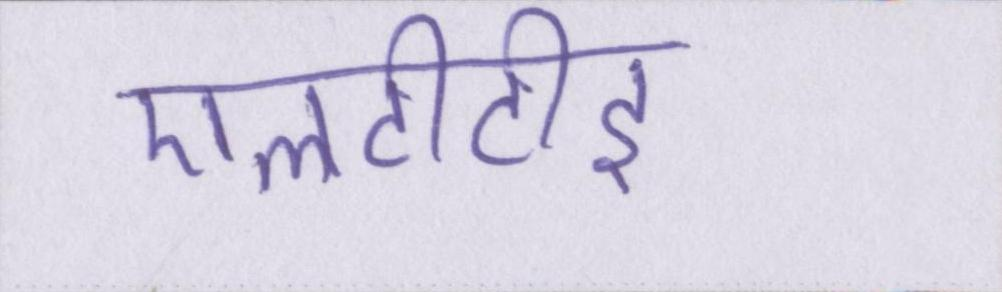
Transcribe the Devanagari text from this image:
एलटीटीइ